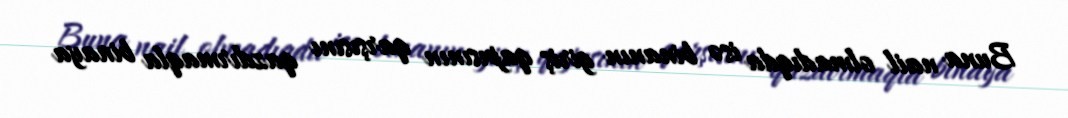
Buna nail olmadıqda isə binanın giriş qapısının qarşısını qazdırmaqla binaya